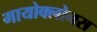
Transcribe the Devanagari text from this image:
मायोक्लोनस